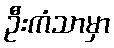
ဦးကံသာမှာ